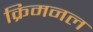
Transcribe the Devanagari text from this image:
क्रिमनल